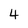
Character: 4